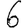
Digit: 6